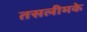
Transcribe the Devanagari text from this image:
तसलीमके